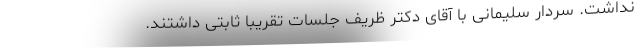
نداشت. سردار سلیمانی با آقای دکتر ظریف جلسات تقریبا ثابتی داشتند.